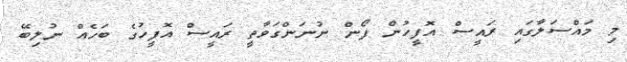
މި މައްސަލާގައި ރައީސް އޮފީހުން ފޯން ނުނަންގަވާތީ ރައީސް އޮފީހުގެ ބަހެއް ނުލިބޭ